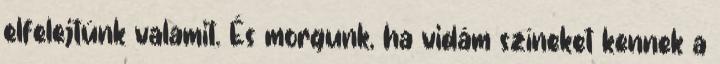
elfelejtünk valamit. És morgunk, ha vidám színeket kennek a